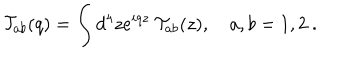
LaTeX: { \cal T } _ { a b } ( q ) = \int d ^ { 4 } z e ^ { i q z } ~ { \cal T } _ { a b } ( z ) , ~ a , b = 1 , 2 ~ .